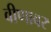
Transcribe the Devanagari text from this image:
वीणावर